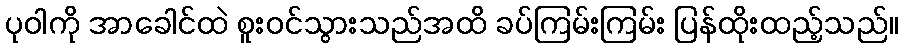
ပုဝါကို အာခေါင်ထဲ စူးဝင်သွားသည်အထိ ခပ်ကြမ်းကြမ်း ပြန်ထိုးထည့်သည်။